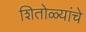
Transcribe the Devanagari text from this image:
शितोळ्यांचे